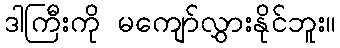
ဒါကြီးကို မကျော်လွှားနိုင်ဘူး။